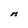
Character: n